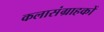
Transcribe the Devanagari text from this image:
कलासंग्राहकों